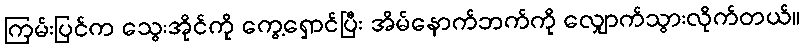
ကြမ်းပြင်က သွေးအိုင်ကို ကွေ့ရှောင်ပြီး အိမ်နောက်ဘက်ကို လျှောက်သွားလိုက်တယ်။